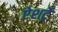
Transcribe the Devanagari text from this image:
ऐशट्रे